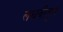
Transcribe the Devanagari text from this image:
लघवीतून